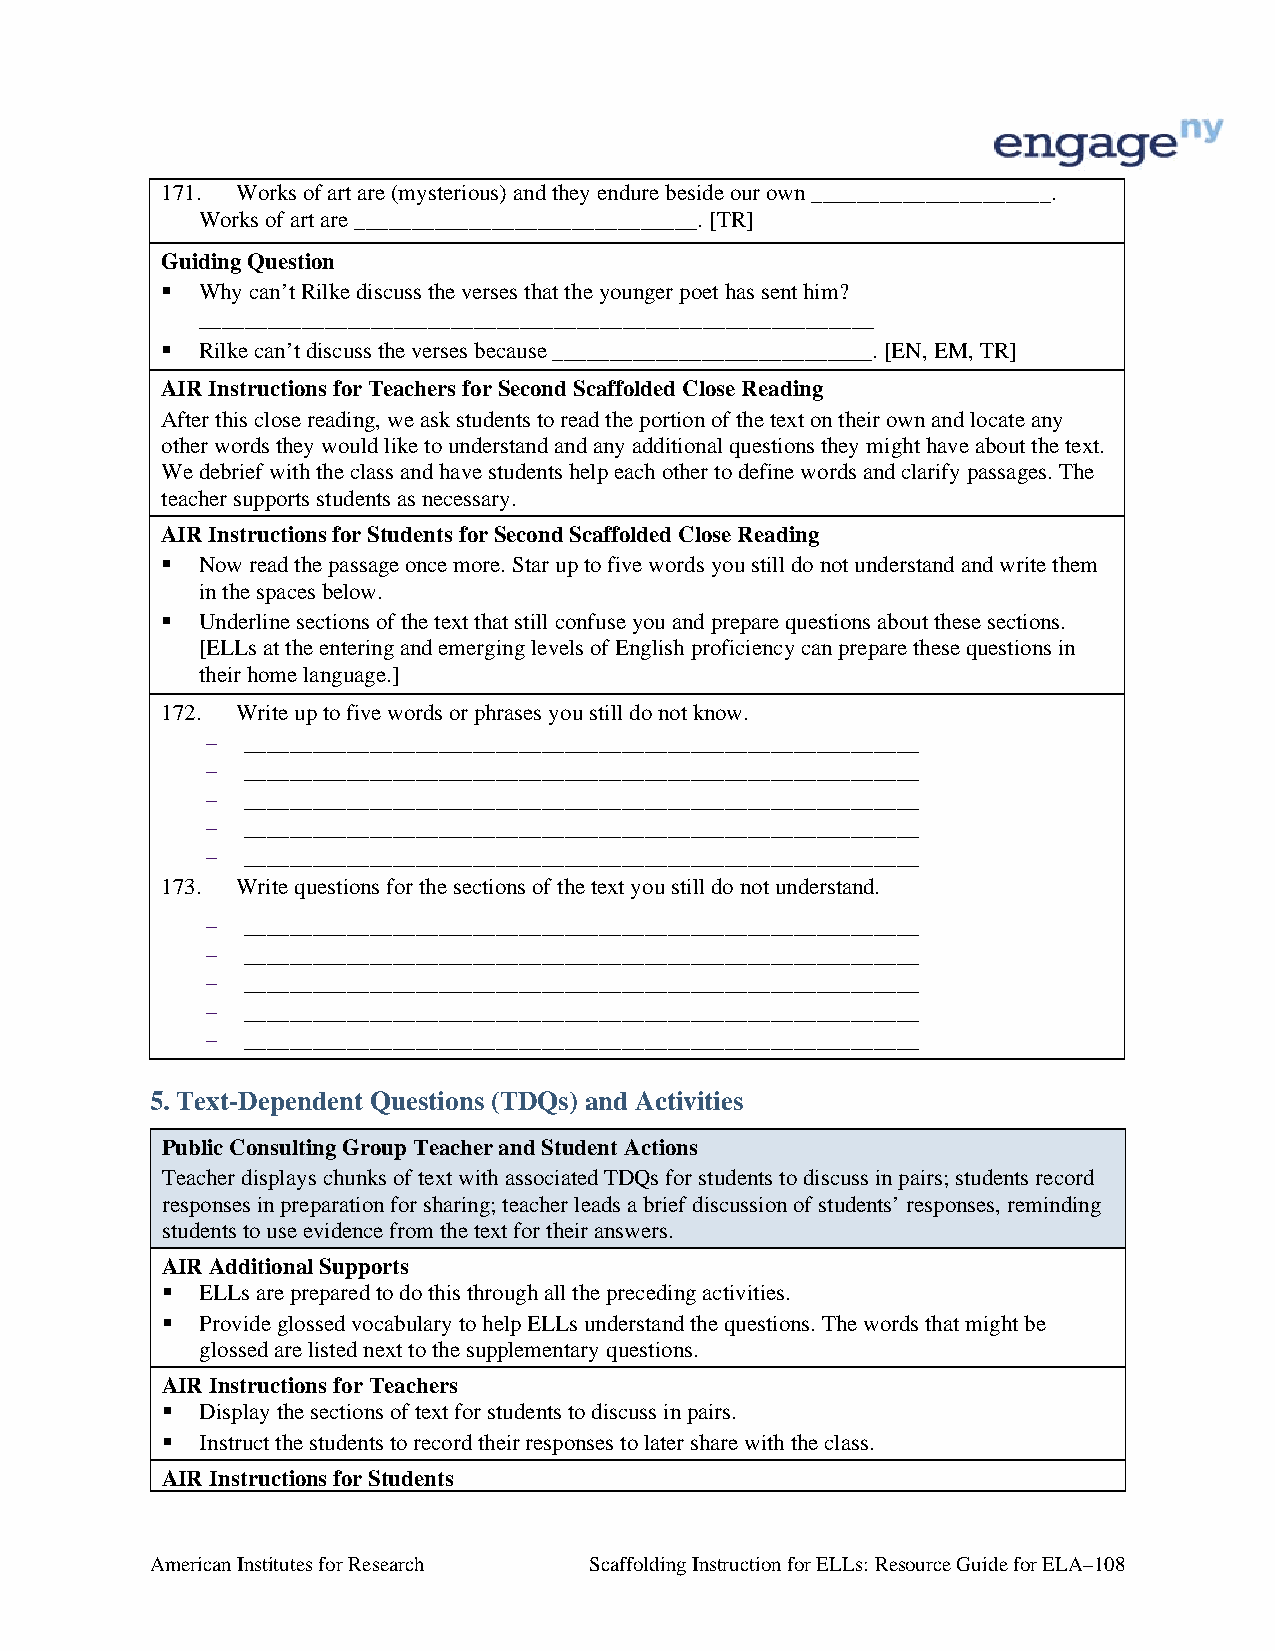
171. Works of art are (mysterious) and they endure beside our own _____________________.
 Works of art are ______________________________. [TR]
 Guiding Question
  Why can’t Rilke discuss the verses that the younger poet has sent him?
 ___________________________________________________________
  Rilke can’t discuss the verses because ____________________________. [EN, EM, TR]
 AIR Instructions for Teachers for Second Scaffolded Close Reading
 After this close reading, we ask students to read the portion of the text on their own and locate any
 other words they would like to understand and any additional questions they might have about the text.
 We debrief with the class and have students help each other to define words and clarify passages. The
 teacher supports students as necessary.
 AIR Instructions for Students for Second Scaffolded Close Reading
  Now read the passage once more. Star up to five words you still do not understand and write them
 in the spaces below.
  Underline sections of the text that still confuse you and prepare questions about these sections.
 [ELLs at the entering and emerging levels of English proficiency can prepare these questions in
 their home language.]
 172. Write up to five words or phrases you still do not know.
 – ___________________________________________________________
 – ___________________________________________________________
 – ___________________________________________________________
 – ___________________________________________________________
 – ___________________________________________________________
 173. Write questions for the sections of the text you still do not understand.
 – ___________________________________________________________
 – ___________________________________________________________
 – ___________________________________________________________
 – ___________________________________________________________
 – ___________________________________________________________
 5. Text-Dependent Questions (TDQs) and Activities
 Public Consulting Group Teacher and Student Actions
 Teacher displays chunks of text with associated TDQs for students to discuss in pairs; students record
 responses in preparation for sharing; teacher leads a brief discussion of students’ responses, reminding
 students to use evidence from the text for their answers.
 AIR Additional Supports
  ELLs are prepared to do this through all the preceding activities.
  Provide glossed vocabulary to help ELLs understand the questions. The words that might be
 glossed are listed next to the supplementary questions.
 AIR Instructions for Teachers
  Display the sections of text for students to discuss in pairs.
  Instruct the students to record their responses to later share with the class.
 AIR Instructions for Students
 American Institutes for Research Scaffolding Instruction for ELLs: Resource Guide for ELA–108